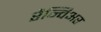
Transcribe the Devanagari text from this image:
रैन्विअर